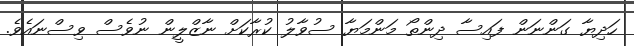
ހަދިޔާ ގަންނަން ފައިސާ ދިންތޯ މަންމަޔާ ސުވާލު ކުރާކަށް ނާޒްލީން ނުވެސް ވިސްނައެވެ.